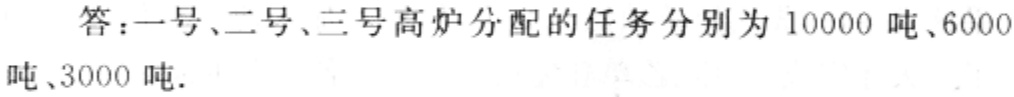
答：一号、二号、三号高炉分配的任务分别为 10000 吨、6000 吨、3000 吨.